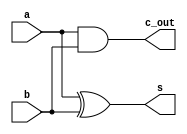
module HA( input a, b, output c_out, s );
	assign s = a ^ b;
	assign c_out = a & b;   
endmodule